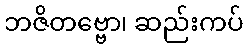
ဘဇိတဗ္ဗော၊ ဆည်းကပ်